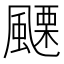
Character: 𩘟